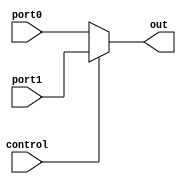
`timescale 1ns / 1ps
//////////////////////////////////////////////////////////////////////////////////
// Company: 
// Engineer: 
// 
// Design Name: 
// Module Name: mux2to1
// Project Name: 
// Target Devices: 
// Tool Versions: 
// Description: 
// 
// Dependencies: 
// 
// Revision:
// Revision 0.01 - File Created
// Additional Comments:
// 
//////////////////////////////////////////////////////////////////////////////////


module mux2to1(
    input [31:0] port0,
    input [31:0] port1,
    input control,
    output [31:0] out 
    );
    assign out = (control == 1'b0) ? port0 : port1;
endmodule